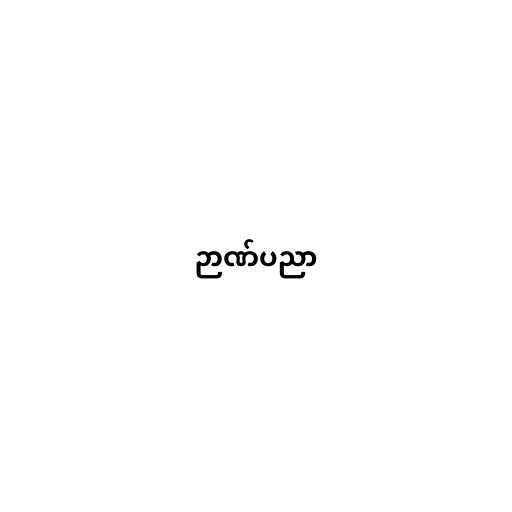
ဉာဏ်ပညာ